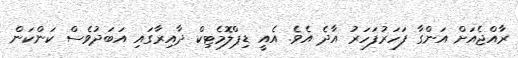
ރާއްޖެއަށް އަންގާ ފަހަރުފަހަރު އާދެ އެވެ. އެއީ ޑިޕްލޮމެޓިކް ދާއިރާގައި އަބަދުވެސް ކަންކަން